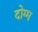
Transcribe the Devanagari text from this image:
दोग्म